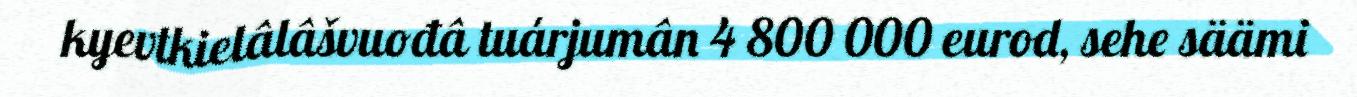
kyevtkielâlâšvuođâ tuárjumân 4 800 000 eurod, sehe säämi